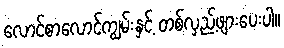
လောင်စာလောင်ကျွမ်းနှင့် တစ်လှည့်ဖျားပေးပါ။